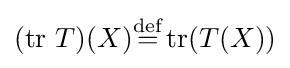
(\operatorname {tr} \,T)(X){\stackrel {\text{def}}{=}}\operatorname {tr} (T(X))